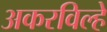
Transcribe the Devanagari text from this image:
अकरविल्हे